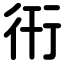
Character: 衎